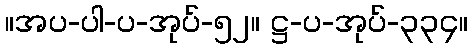
။အပ-ပါ-ပ-အုပ်-၅၂။ ဋ္ဌ-ပ-အုပ်-၃၃၄။